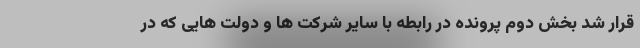
قرار شد بخش دوم پرونده در رابطه با سایر شرکت ها و دولت هایی که در